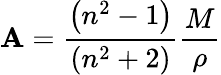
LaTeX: \mathbf{A}=\frac{{\left(n^{2}-1\right)}}{{\left(n^{2}+2\right)}}\frac{{M}}{{\rho}}